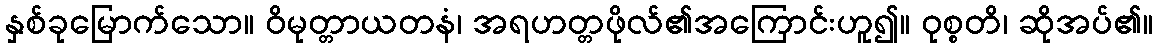
နှစ်ခုမြောက်သော။ ဝိမုတ္တာယတနံ၊ အရဟတ္တဖိုလ်၏အကြောင်းဟူ၍။ ဝုစ္စတိ၊ ဆိုအပ်၏။